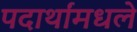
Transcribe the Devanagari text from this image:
पदार्थांमधले